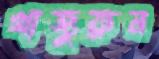
খাজুরুন